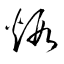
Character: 煆